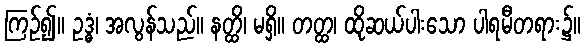
ကြဉ်၍။ ဥဒ္ဓံ၊ အလွန်သည်။ နတ္ထိ၊ မရှိ။ တတ္ထ၊ ထိုဆယ်ပါးသော ပါရမီတရား၌။